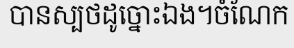
បានស្បថដូច្នោះឯង។ចំណែក